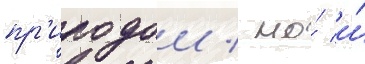
пр'иродои / но́ и́